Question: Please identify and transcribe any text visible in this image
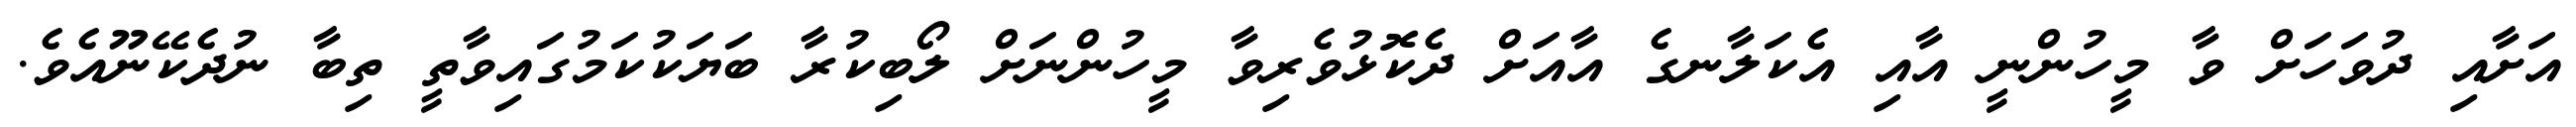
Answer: އަށާއި ދުވަހަށް ވާ މީހުންނީ އާއި އެކަލާނގެ އާއަށް ދެކޮޅުވެރިވާ މީހުންނަށް ލޯބިކުރާ ބަޔަކުކަމުގައިވާތީ ތިބާ ނުދެކޭނޫއެވެ.